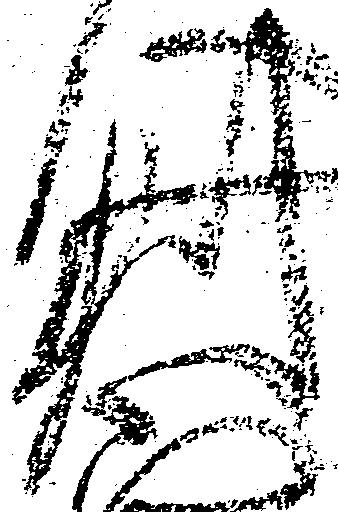
判